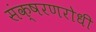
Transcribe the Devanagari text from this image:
संक्षरणरोधी